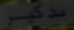
مدکیم